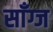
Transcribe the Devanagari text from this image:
साँग्ज